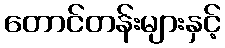
တောင်တန်းများနှင့်